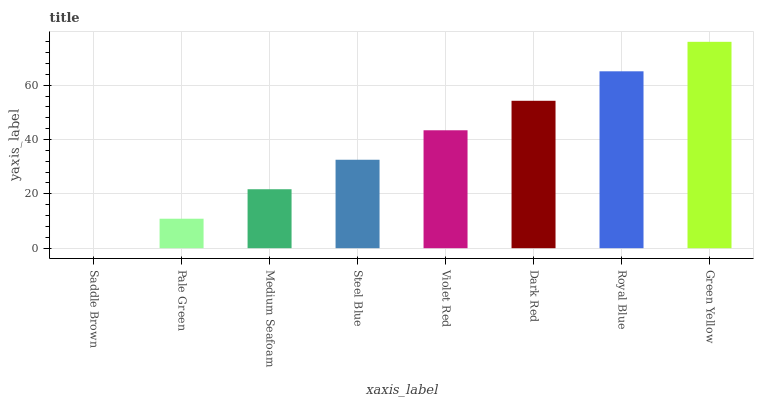
| xaxis_label | bars |
 | --- | --- |
 | Saddle Brown | 0 |
 | Pale Green | 10.9 |
 | Medium Seafoam | 21.7 |
 | Steel Blue | 32.6 |
 | Violet Red | 43.4 |
 | Dark Red | 54.3 |
 | Royal Blue | 65.1 |
 | Green Yellow | 76 |